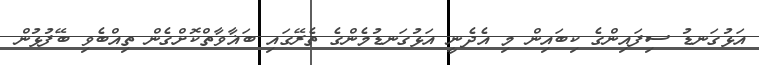
އަޅުގަނޑު ސިފައިންގެ ކިބައިން މި އެދެނީ އަޅުގަނޑުމެންގެ ތެރޭގައި ބަޣާވާތްކޮށްގެން ތިއްބެވި ބޭފުޅުން